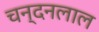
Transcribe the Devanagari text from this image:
चन्दनलाल